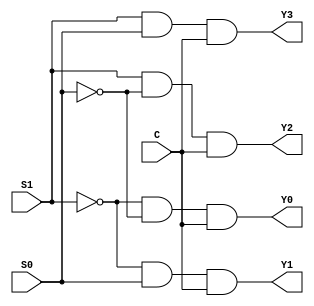
`timescale 1ns / 1ps
//////////////////////////////////////////////////////////////////////////////////
// Company: 
// Engineer: 
// 
// Design Name: 
// Module Name: comp1
// Project Name: 
// Target Devices: 
// Tool Versions: 
// Description: 
// 
// Dependencies: 
// 
// Revision:
// Revision 0.01 - File Created
// Additional Comments:
// 
//////////////////////////////////////////////////////////////////////////////////


module mux1_4(
    input S0,S1,C,
    output Y0,Y1,Y2,Y3
    );
    
    assign Y0 = ~S1&~S0&C;
    assign Y1 = ~S1&S0&C;
    assign Y2 = S1&~S0&C;
    assign Y3 = S1&S0&C;
    
endmodule